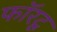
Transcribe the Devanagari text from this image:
फॉरटू